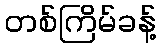
တစ်ကြိမ်ခန့်